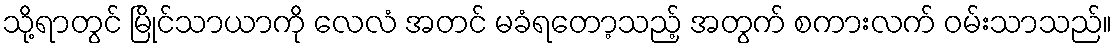
သို့ရာတွင် မြိုင်သာယာကို လေလံ အတင် မခံရတော့သည့် အတွက် စကားလက် ဝမ်းသာသည်။